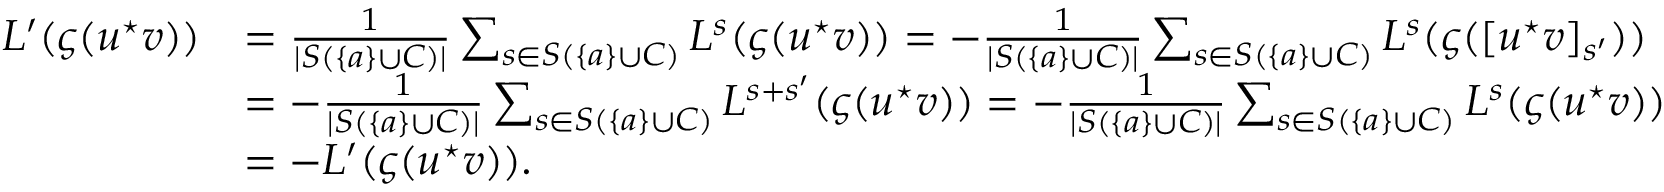
\begin{array} { r l } { L ^ { \prime } ( \varsigma ( u ^ { \star } v ) ) } & { = \frac { 1 } { | S ( \{ a \} \cup C ) | } \sum _ { s \in S ( \{ a \} \cup C ) } L ^ { s } ( \varsigma ( u ^ { \star } v ) ) = - \frac { 1 } { | S ( \{ a \} \cup C ) | } \sum _ { s \in S ( \{ a \} \cup C ) } L ^ { s } ( \varsigma ( [ u ^ { \star } v ] _ { s ^ { \prime } } ) ) } \\ & { = - \frac { 1 } { | S ( \{ a \} \cup C ) | } \sum _ { s \in S ( \{ a \} \cup C ) } L ^ { s + s ^ { \prime } } ( \varsigma ( u ^ { \star } v ) ) = - \frac { 1 } { | S ( \{ a \} \cup C ) | } \sum _ { s \in S ( \{ a \} \cup C ) } L ^ { s } ( \varsigma ( u ^ { \star } v ) ) } \\ & { = - L ^ { \prime } ( \varsigma ( u ^ { \star } v ) ) . } \end{array}